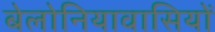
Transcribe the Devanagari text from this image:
बेलोनियावासियों